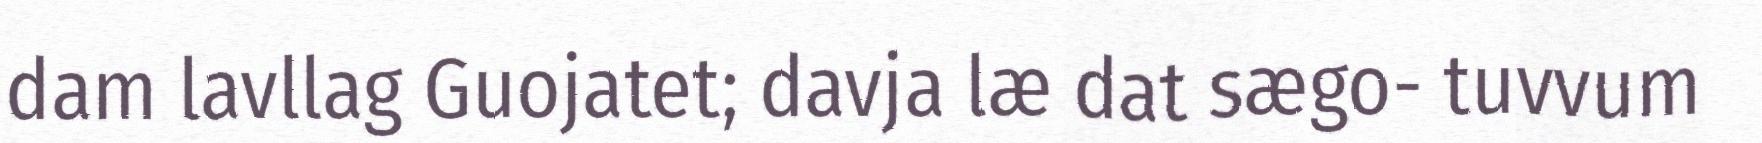
dam lavllag Guojatet; davja læ dat sægo- tuvvum